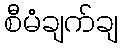
စီမံချက်ချ